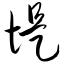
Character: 堤